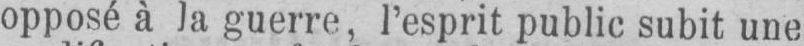
opposé à la guerre, l’esprit public subit une